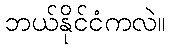
ဘယ်နိုင်ငံကလဲ။